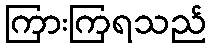
ကြားကြရသည်